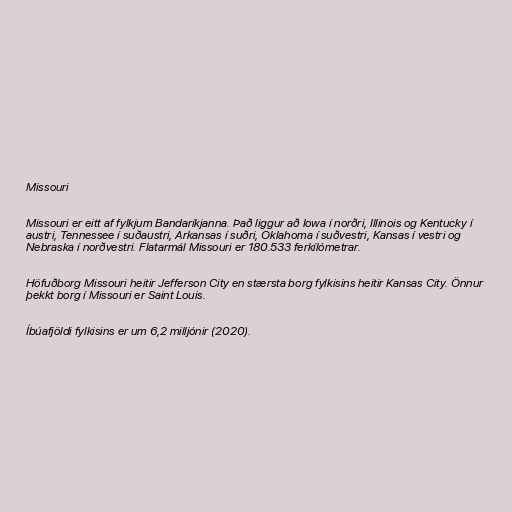
Missouri

Missouri er eitt af fylkjum Bandaríkjanna. Það liggur að Iowa í norðri, Illinois og Kentucky í
austri, Tennessee í suðaustri, Arkansas í suðri, Oklahoma í suðvestri, Kansas í vestri og
Nebraska í norðvestri. Flatarmál Missouri er 180.533 ferkílómetrar.

Höfuðborg Missouri heitir Jefferson City en stærsta borg fylkisins heitir Kansas City. Önnur
þekkt borg í Missouri er Saint Louis.

Íbúafjöldi fylkisins er um 6,2 milljónir (2020).